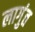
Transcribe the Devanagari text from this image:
लागुंत